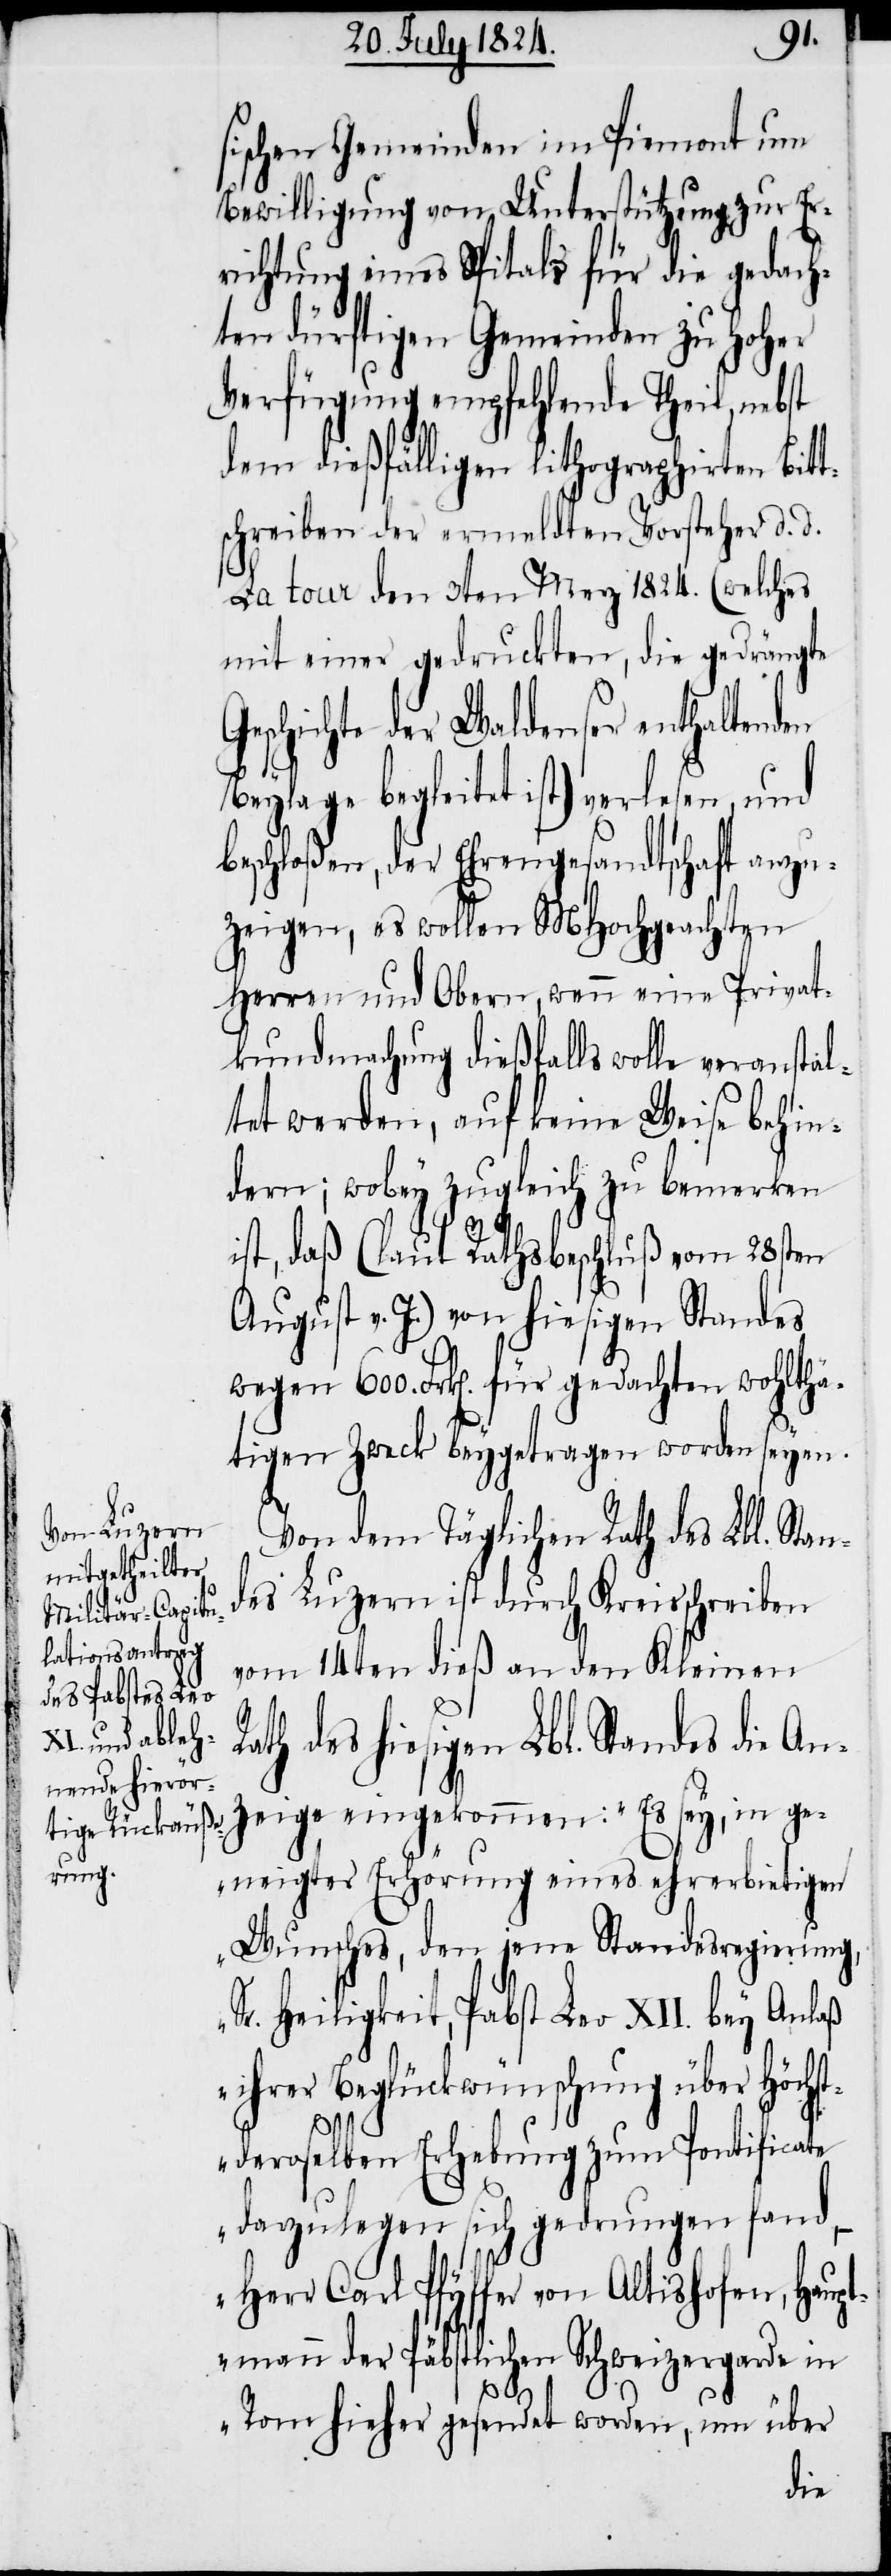
sischen Gemeinden im Piemont um
Bewilligung von Unterstützung zur Er¬
richtung eines Spitals für die gedach¬
ten dürftigen Gemeinden zu Hoher
Verfügung empfehlende Theil, nebst
dem dießfälligen lithographirten Bitt¬
schreiben der ermeldten Vorsteher d. d.
La Tour den 3ten Merz 1824. (welches
mit einer gedruckten, die gedrängte
Geschichte der Waldenser enthaltenden
Beylage begleitet ist) verlesen, und
beschloßen, der Ehrengesandtschaft anzu¬
zeigen, es wollen MHochgeachten
Herren und Obern, wenn eine Privat¬
kundmachung dießfalls wolle veranstal¬
tet werden, auf keine Weise behin¬
dern; wobey zugleich zu bemerken
ist, daß (laut Rathsbeschluß vom 28sten
August v. J.) von hiesigen Standes
wegen 600. Frk[en]. für gedachten wohlthä¬
tigen Zweck beygetragen worden seyen.
Von dem Täglichen Rath des Lbl. Stan¬
des Luzern ist durch Kreisschreiben
vom 14ten dieß an den Kleinen
zeige eingekommen: „Es sey, in ge¬
neigter Erhörung eines ehrerbietigen
Wunsches, den jene Standesregierung,
Sr. Heiligkeit, Pabst Leo XII. [sic] bey
ihrer Beglückwünschung über Höchs¬
tderoselben Erhebung zum Pontificate
darzulegen sich gedrungen fand,
Herr Carl Pfyffer von Altishofen, Haup¬
tmann der Päbstlichen Schweizergarde in
Rom hieher gesendet worden, um über